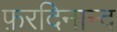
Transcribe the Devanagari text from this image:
फ़रदिनान्द